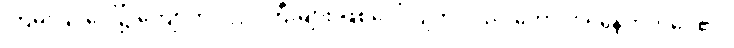
ကြမ်းပြင်ပေါ်၌ ကျောက်ပလ္လင်ကြီးများ ဖြစ်ပေါ်လျက် လည်းကောင်း ရှိနေတတ်ပေ၏။